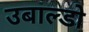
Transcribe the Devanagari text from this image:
उबाल्डो